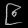
Digit: ၉